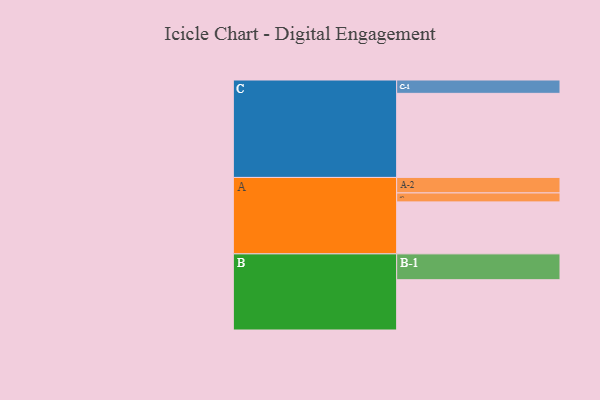
{"axis": {"x": "Segment", "y": "Value"}, "legend": ["", "A", "B", "C"], "data": [{"x": "A", "y": 366, "type": ""}, {"x": "B", "y": 354, "type": ""}, {"x": "C", "y": 592, "type": ""}, {"x": "A-1", "y": 63, "type": "A"}, {"x": "A-2", "y": 109, "type": "A"}, {"x": "B-1", "y": 182, "type": "B"}, {"x": "C-1", "y": 94, "type": "C"}]}